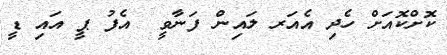
ކޮށްކޮއަށް ހެދި އެއަރ ލައިން ފަނާވީ  އެފު ޕީ އައި ޑީ